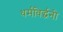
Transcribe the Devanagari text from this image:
धर्मविर्द्धनी